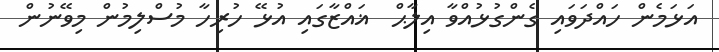
އަޅަމެން ހައްދަވައި ގެންގުޅުއްވާ އިލާޙް  ޣައްޒާގައި އުޅޭ ހުރިހާ މުސްލިމުން މިވޭނުން